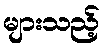
များသည့်